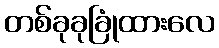
တစ်ခုခုခြုံထားလေ